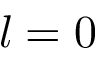
l = 0